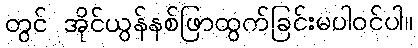
တွင် အိုင်ယွန်နစ်ဖြာထွက်ခြင်းမပါဝင်ပါ။